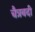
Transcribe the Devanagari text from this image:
चैत्रबदी